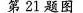
第21题图